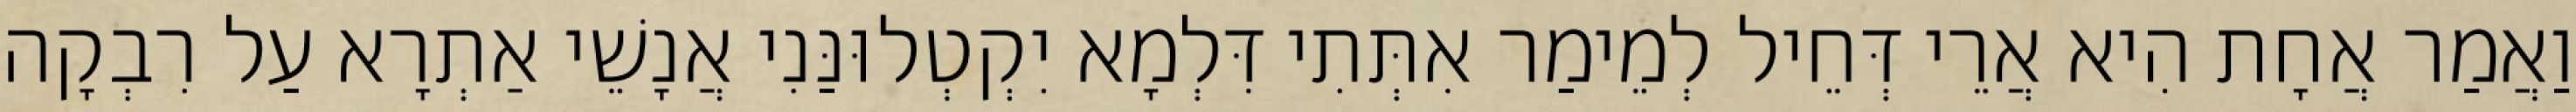
וַאֲמַר אֲחָת הִיא אֲרֵי דְּחֵיל לְמֵימַר אִתְּתִי דִּלְמָא יִקְטְלוּנַּנִי אֲנָשֵׁי אַתְרָא עַל רִבְקָה